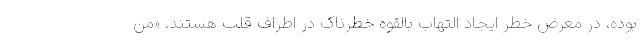
بوده، در معرض خطر ایجاد التهاب بالقوه خطرناک در اطراف قلب هستند. «من